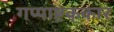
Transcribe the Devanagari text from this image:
गप्पाष्टककार